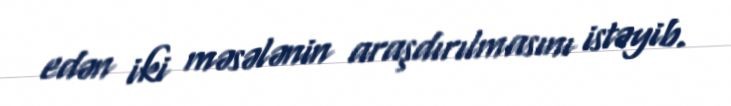
edən iki məsələnin araşdırılmasını istəyib.